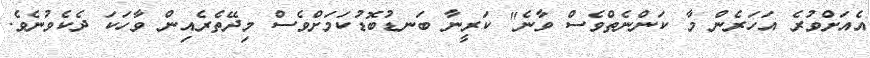
އެއަށްވުރެ އަހަރެން މާ ކަންނެތްވެސް ވާނެ" ކަރީނާ ބަނޑުބޮޑުކަމަށްވެސް މިދޭތެރެއިން ވާހަކަ ދެކެވުނެވެ.